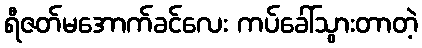
ရီဇတ်မအောက်ခင်လေး ကပ်ခေါ်သွားတာတဲ့